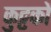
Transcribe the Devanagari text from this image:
कुट्टकों